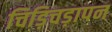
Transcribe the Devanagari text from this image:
चिड़िचड़ापन